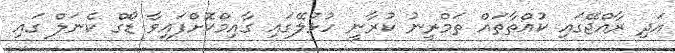
އަދި ރާއްޖޭގައި ކުއްތާތައް ތަމްރީނު ކުރާނީ ހުޅުލޭގައި ގާއިމްކޮށްފައިވާ ޑޯގް ކެނަލް ގައި